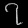
Digit: ၇